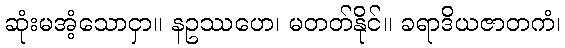
ဆုံးမအံ့သောငှာ။ နဥဿဟေ၊ မတတ်နိုင်။ ခရာဒိယဇာတကံ၊